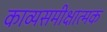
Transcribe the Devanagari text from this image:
काव्यसमीक्षात्मक